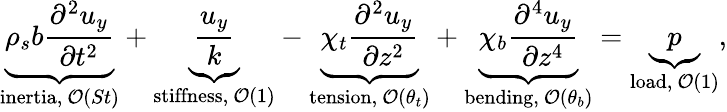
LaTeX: \underbrace{\rho_{s}b\frac{\partial^{2}u_{y}}{\partial t^{2}}}_{\mathrm{inertia},~\mathcal{O}(St)}+\underbrace{\frac{u_{y}}{k}}_{\mathrm{stiffness},~\mathcal{O}(1)}-\underbrace{\chi_{t}\frac{\partial^{2}u_{y}}{\partial z^{2}}}_{\mathrm{tension},~\mathcal{O}(\theta_{t})}+\underbrace{\chi_{b}\frac{\partial^{4}u_{y}}{\partial z^{4}}}_{\mathrm{bending},~\mathcal{O}(\theta_{b})}=\underbrace{p}_{\mathrm{load},~\mathcal{O}(1)},